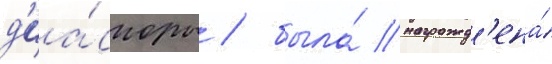
д'иа́споры / была́ награжд'ена́